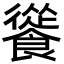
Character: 𩞐